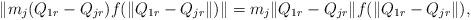
LaTeX: \begin{align*}\left\|m_{j}(Q_{1r}-Q_{jr})f(\|Q_{1r}-Q_{jr}\|)\right\|=m_{j}\|Q_{1r}-Q_{jr}\|f(\|Q_{1r}-Q_{jr}\|),\end{align*}